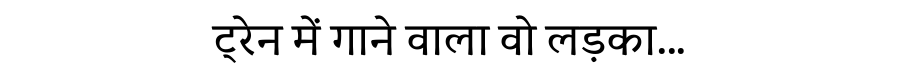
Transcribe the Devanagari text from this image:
ट्रेन में गाने वाला वो लड़का...